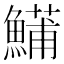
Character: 𬵦